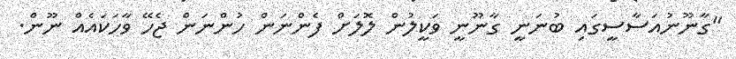
"ގާނޫނުއަސާސީގައި ބުނަނީ ގާނޫނީ ވަކީލުން ލޮލަށް ފެންނަން ހުންނަން ޖެހޭ ވާހަކައެއް ނޫން.